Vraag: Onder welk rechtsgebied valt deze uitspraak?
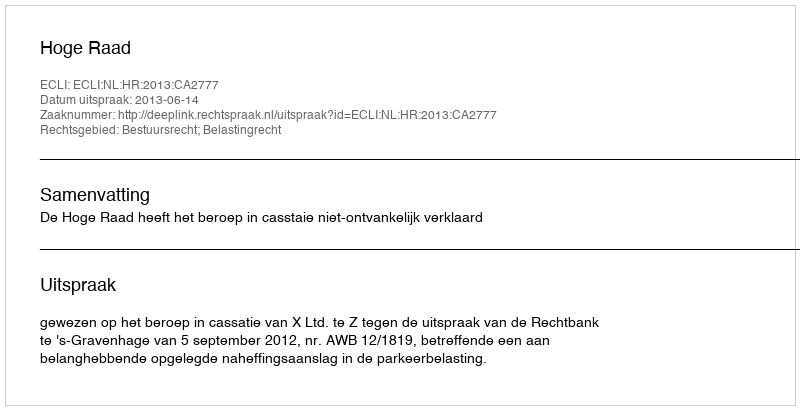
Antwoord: Bestuursrecht; Belastingrecht